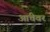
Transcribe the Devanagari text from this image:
आंचेवर